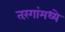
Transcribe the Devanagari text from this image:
तरंगांमध्ये